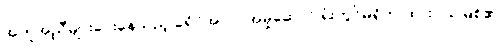
အကူအညီများပေးနေသည့် ခရိုင်အလုပ်အမှုဆောင် ရုံးတွင်မရှိဘဲ ထားဝယ်မြစ်၏